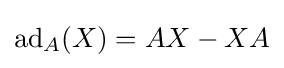
\operatorname {ad} _{A}(X)=AX-XA